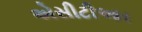
એસીટીઆર